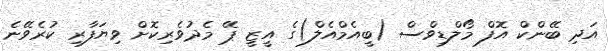
އަދި ބޭންކް އޮފް މޯލްޑިވްސް (ބީއެމްއެލް)ގެ އީޒީ ޕޭ މެދުވެރިކޮށް ވިޔަފާރި ކުރެވޭނެ